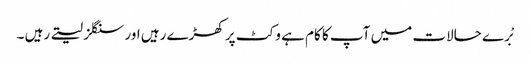
بْرے حالات میں آپ کا کام ہے وکٹ پر کھڑے رہیں اور سنگلز لیتے رہیں ۔